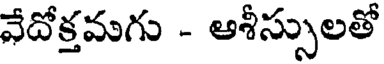
వేదోక్తమగు - ఆశీస్సులతో